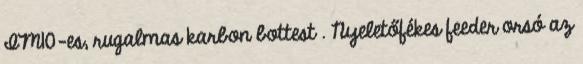
IM10-es, rugalmas karbon bottest . Nyeletőfékes feeder orsó az